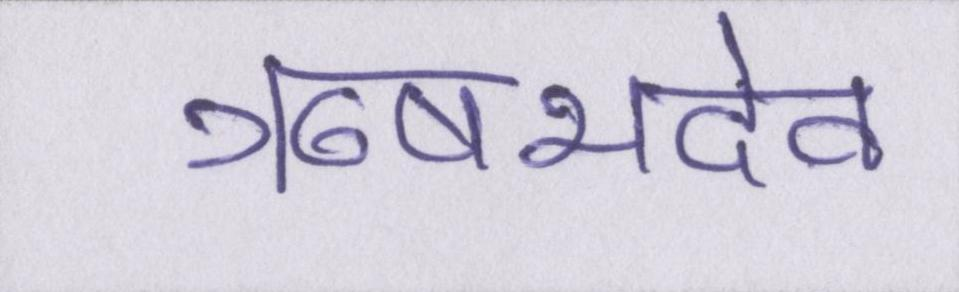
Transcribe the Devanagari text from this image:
ऋषभदेव